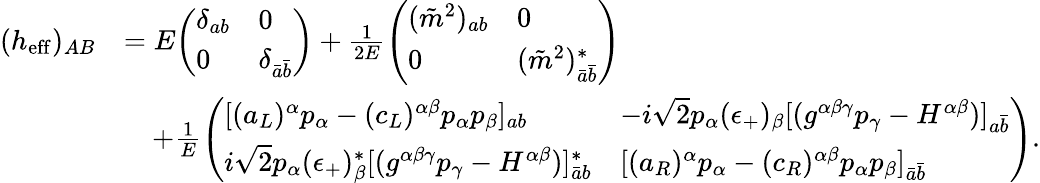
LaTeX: {\begin{array}{rl}{(h_{\mathrm{eff}})_{AB}}&{=E{\left(\begin{array}{ll}{\delta_{ab}}&{0}\\ {0}&{\delta_{{\bar{a}}{\bar{b}}}}\end{array}\right)}+{\frac{1}{2E}}{\left(\begin{array}{ll}{({\tilde{m}}^{2})_{ab}}&{0}\\ {0}&{({\tilde{m}}^{2})_{{\bar{a}}{\bar{b}}}^{*}}\end{array}\right)}}\\ &{\quad+{\frac{1}{E}}{\left(\begin{array}{ll}{[(a_{L})^{\alpha}p_{\alpha}-(c_{L})^{\alpha\beta}p_{\alpha}p_{\beta}]_{ab}}&{-i{\sqrt{2}}p_{\alpha}(\epsilon_{+})_{\beta}[(g^{\alpha\beta\gamma}p_{\gamma}-H^{\alpha\beta})]_{a{\bar{b}}}}\\ {i{\sqrt{2}}p_{\alpha}(\epsilon_{+})_{\beta}^{*}[(g^{\alpha\beta\gamma}p_{\gamma}-H^{\alpha\beta})]_{{\bar{a}}b}^{*}}&{[(a_{R})^{\alpha}p_{\alpha}-(c_{R})^{\alpha\beta}p_{\alpha}p_{\beta}]_{{\bar{a}}{\bar{b}}}}\end{array}\right)}.}\end{array}}